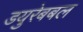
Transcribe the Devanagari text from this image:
डयुरेबबल